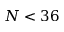
N < 3 6